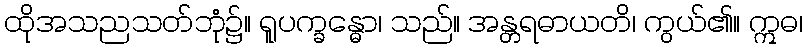
ထိုအသညသတ်ဘုံ၌။ ရူပက္ခန္ဓော၊ သည်။ အန္တရဓာယတိ၊ ကွယ်၏။ ဣဓ၊